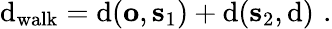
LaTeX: \mathrm{d}_{\mathrm{{walk}}}=\mathrm{d}(\mathbf{{o}},\mathbf{{s}}_{1})+\mathrm{d}(\mathbf{{s}}_{2},\mathbf{{\mathrm{d}}})\, \, .